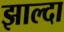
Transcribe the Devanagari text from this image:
झाल्दा